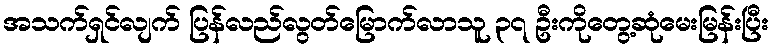
အသက်ရှင်လျက် ပြန်လည်လွတ်မြောက်လာသူ ၃၇ ဦးကိုတွေ့ဆုံမေးမြန်းပြီး